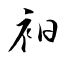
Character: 衵